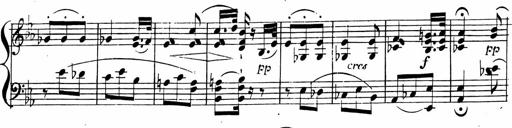
Title: 2 Piano Sonatinas
Composer: Ferdinand Ries